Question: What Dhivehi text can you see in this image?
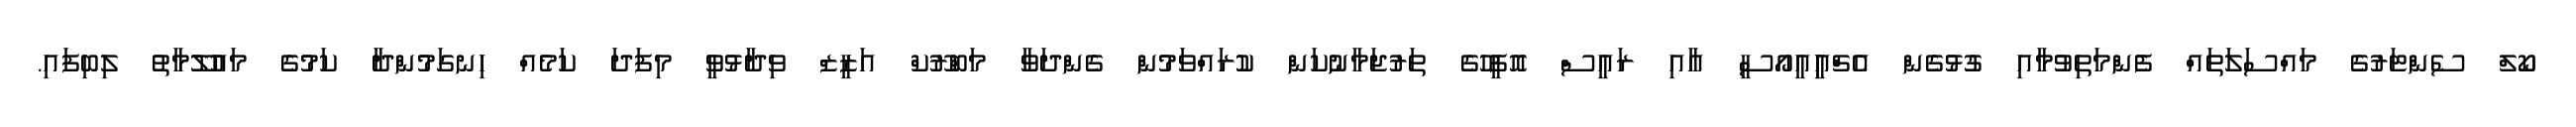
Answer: ކޯލް ސެންޓަރުގެ މައްސަލަތައް ފެންމަތިވުމާއި ގުޅުގެން އެޗްއިީއީއޯސީ އާއި ރައީސް އޮފީހުގެ ތަރުޖަމާނުކަން ކުރައްވަމުން ގެންދަވާ މަބްރޫކް އަޒީޒް ވިދާޅުވީ މިފަދަ ކަމެއް ހިނގަމުންދާ ކަމުގެ މައުލޫމާތު ލިބިފައި.